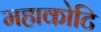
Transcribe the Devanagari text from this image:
महाकोटि